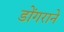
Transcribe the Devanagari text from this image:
डोंगराने